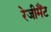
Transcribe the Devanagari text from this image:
रेजीमैंट